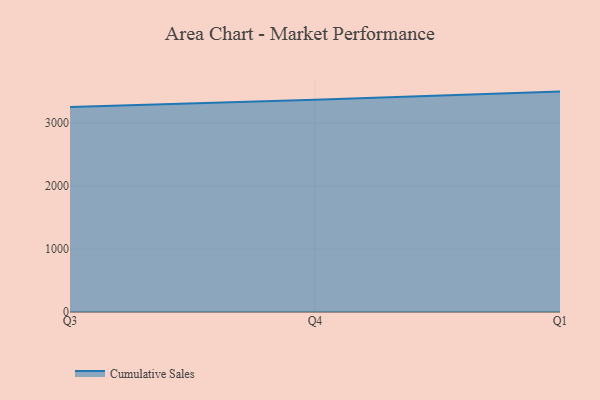
{"axis": {"x": "Quarter", "y": "Conversion Rate (%)"}, "legend": ["Cumulative Sales"], "data": [{"x": "Q3", "y": 3258.7, "type": "Cumulative Sales"}, {"x": "Q4", "y": 3370.8, "type": "Cumulative Sales"}, {"x": "Q1", "y": 3502.2, "type": "Cumulative Sales"}]}